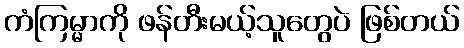
ကံကြမ္မာကို ဖန်တီးမယ့်သူတွေပဲ ဖြစ်တယ်